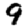
Digit: 9